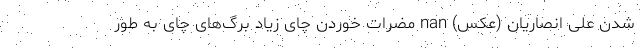
شدن علی انصاریان (عکس) nan مضرات خوردن چای زیاد برگ‌های چای به طور